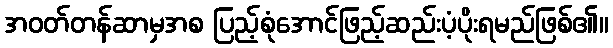
အဝတ်တန်ဆာမှအစ ပြည့်စုံအောင်ဖြည့်ဆည်းပံ့ပိုးရမည်ဖြစ်၏။